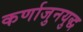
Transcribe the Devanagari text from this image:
कर्णाजुनयुद्ध